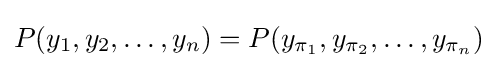
P(y_{1},y_{2},\ldots ,y_{n})=P(y_{\pi _{1}},y_{\pi _{2}},\ldots ,y_{\pi _{n}})